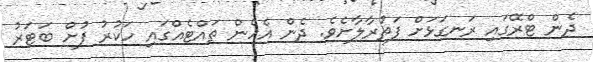
ދެން ޓްރޭގައި ރަނގަޅަށް ފަތުރާލާށެވެ. ދެން އެހެން ތައްޓެއްގައި ހަކުރު ފުށް ބަޓަރު